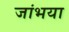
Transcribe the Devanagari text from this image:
जांभया